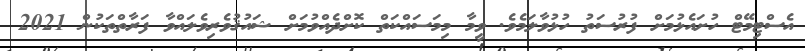
އެސްޓިމޭޓް ހުށައެޅުމަށް ފުރުސަތު ހުޅުވާލަމެވެ. ވީމާ މިމަސައްކަތް ކޮށްދެއްވުމަށް ޝައުޤުވެރިވެލައްވާ ފަރާތްތަކުން 2021